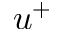
u ^ { + }